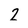
Character: 2